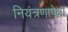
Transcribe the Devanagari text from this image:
नियंत्रणापेक्षा